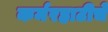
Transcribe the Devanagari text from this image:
कर्मरहाटीचे